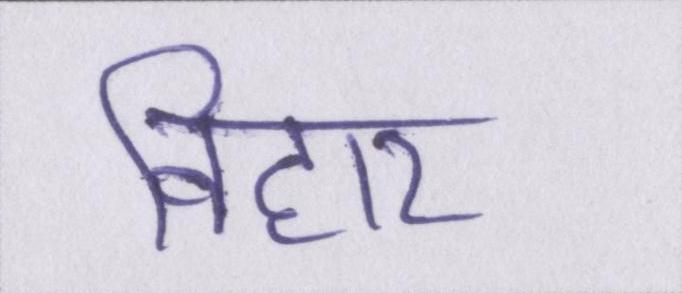
विहार